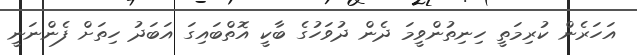
އަހަރެން ކުރިމަތީ ހިނިތުންވީމަ ދެން ދުވަހުގެ ބާކީ އޮތްބައިގަ އަބަދު ހިތަށް ފެންނަނީ